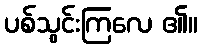
ပစ်သွင်းကြလေ ၏။